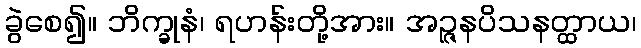
ခွဲစေ၍။ ဘိက္ခုနံ၊ ရဟန်းတို့အား။ အဉ္ဇနပိသနတ္ထာယ၊